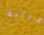
هزلية